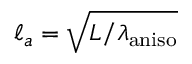
\ell _ { a } = \sqrt { L / \lambda _ { \mathrm { a n i s o } } }